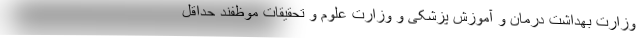
وزارت بهداشت درمان و آموزش پزشکی و وزارت علوم و تحقیقات موظفند حداقل